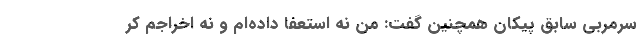
سرمربی سابق پیکان همچنین گفت: من نه استعفا داده‌ام و نه اخراجم کر